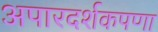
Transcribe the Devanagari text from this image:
अपारदर्शकपणा